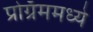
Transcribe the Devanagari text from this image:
प्रोग्रॅममध्ये